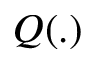
Q ( . )